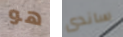
هو ساندى